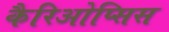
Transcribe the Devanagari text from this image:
कैरिओप्सिस